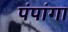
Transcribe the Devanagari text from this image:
पंपांगा